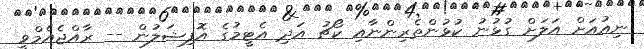
ނިއުއަށް އަލަށް ގުޅުނު ކުޅުންތެރިންނާއި ކޯޗު އަދި އެޓީމުގެ އޮފިޝަލުން -- ރާއްޖެއެމްވީ